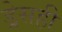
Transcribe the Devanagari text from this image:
ड्रेसही